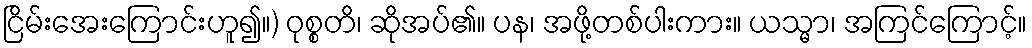
ငြိမ်းအေးကြောင်းဟူ၍။) ဝုစ္စတိ၊ ဆိုအပ်၏။ ပန၊ အဖို့တစ်ပါးကား။ ယသ္မာ၊ အကြင်ကြောင့်။